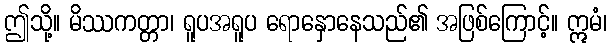
ဤသို့။ မိဿကတ္တာ၊ ရူပအရူပ ရောနှောနေသည်၏ အဖြစ်ကြောင့်။ ဣမံ၊